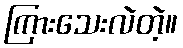
ကြားသေးလဲတဲ့။